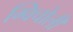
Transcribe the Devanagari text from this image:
ग्विचोली